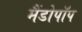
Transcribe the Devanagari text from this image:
मैंडोपॉप